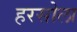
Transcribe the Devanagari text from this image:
हरसोला